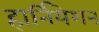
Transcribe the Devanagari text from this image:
हार्नियेशन